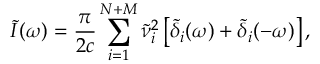
\tilde { I } ( \omega ) = { \frac { \pi } { 2 c } } \sum _ { i = 1 } ^ { N + M } \tilde { \nu } _ { i } ^ { 2 } \left[ \tilde { \delta } _ { i } ( \omega ) + \tilde { \delta } _ { i } ( - \omega ) \right] ,